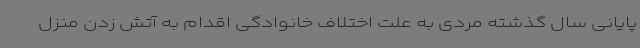
پایانی سال گذشته مردی به علت اختلاف خانوادگی اقدام به آتش زدن منزل